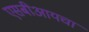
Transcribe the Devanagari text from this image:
एसबीआयचा